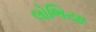
લોભિયા